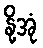
နို့အုံ